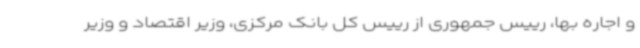
و اجاره بها، رییس جمهوری از رییس کل بانک مرکزی، وزیر اقتصاد و وزیر